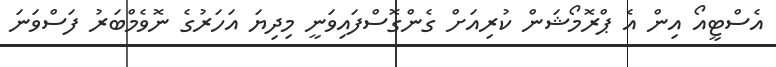
އެސްޓީއޯ އިން އެ ޕްރޮމޯޝަން ކުރިއަށް ގެންގޮސްފައިވަނީ މިދިޔަ އަހަރުގެ ނޮވެމްބަރު ފަސްވަނަ